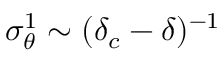
\sigma _ { \theta } ^ { 1 } \sim ( \delta _ { c } - \delta ) ^ { - 1 }